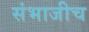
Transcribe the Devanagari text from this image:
संभाजीच